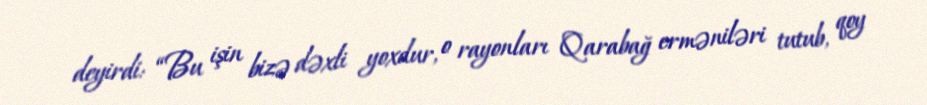
deyirdi: “Bu işin bizə dəxli yoxdur, o rayonları Qarabağ erməniləri tutub, qoy